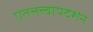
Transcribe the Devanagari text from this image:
एतत्तत्त्वोपदेशेन